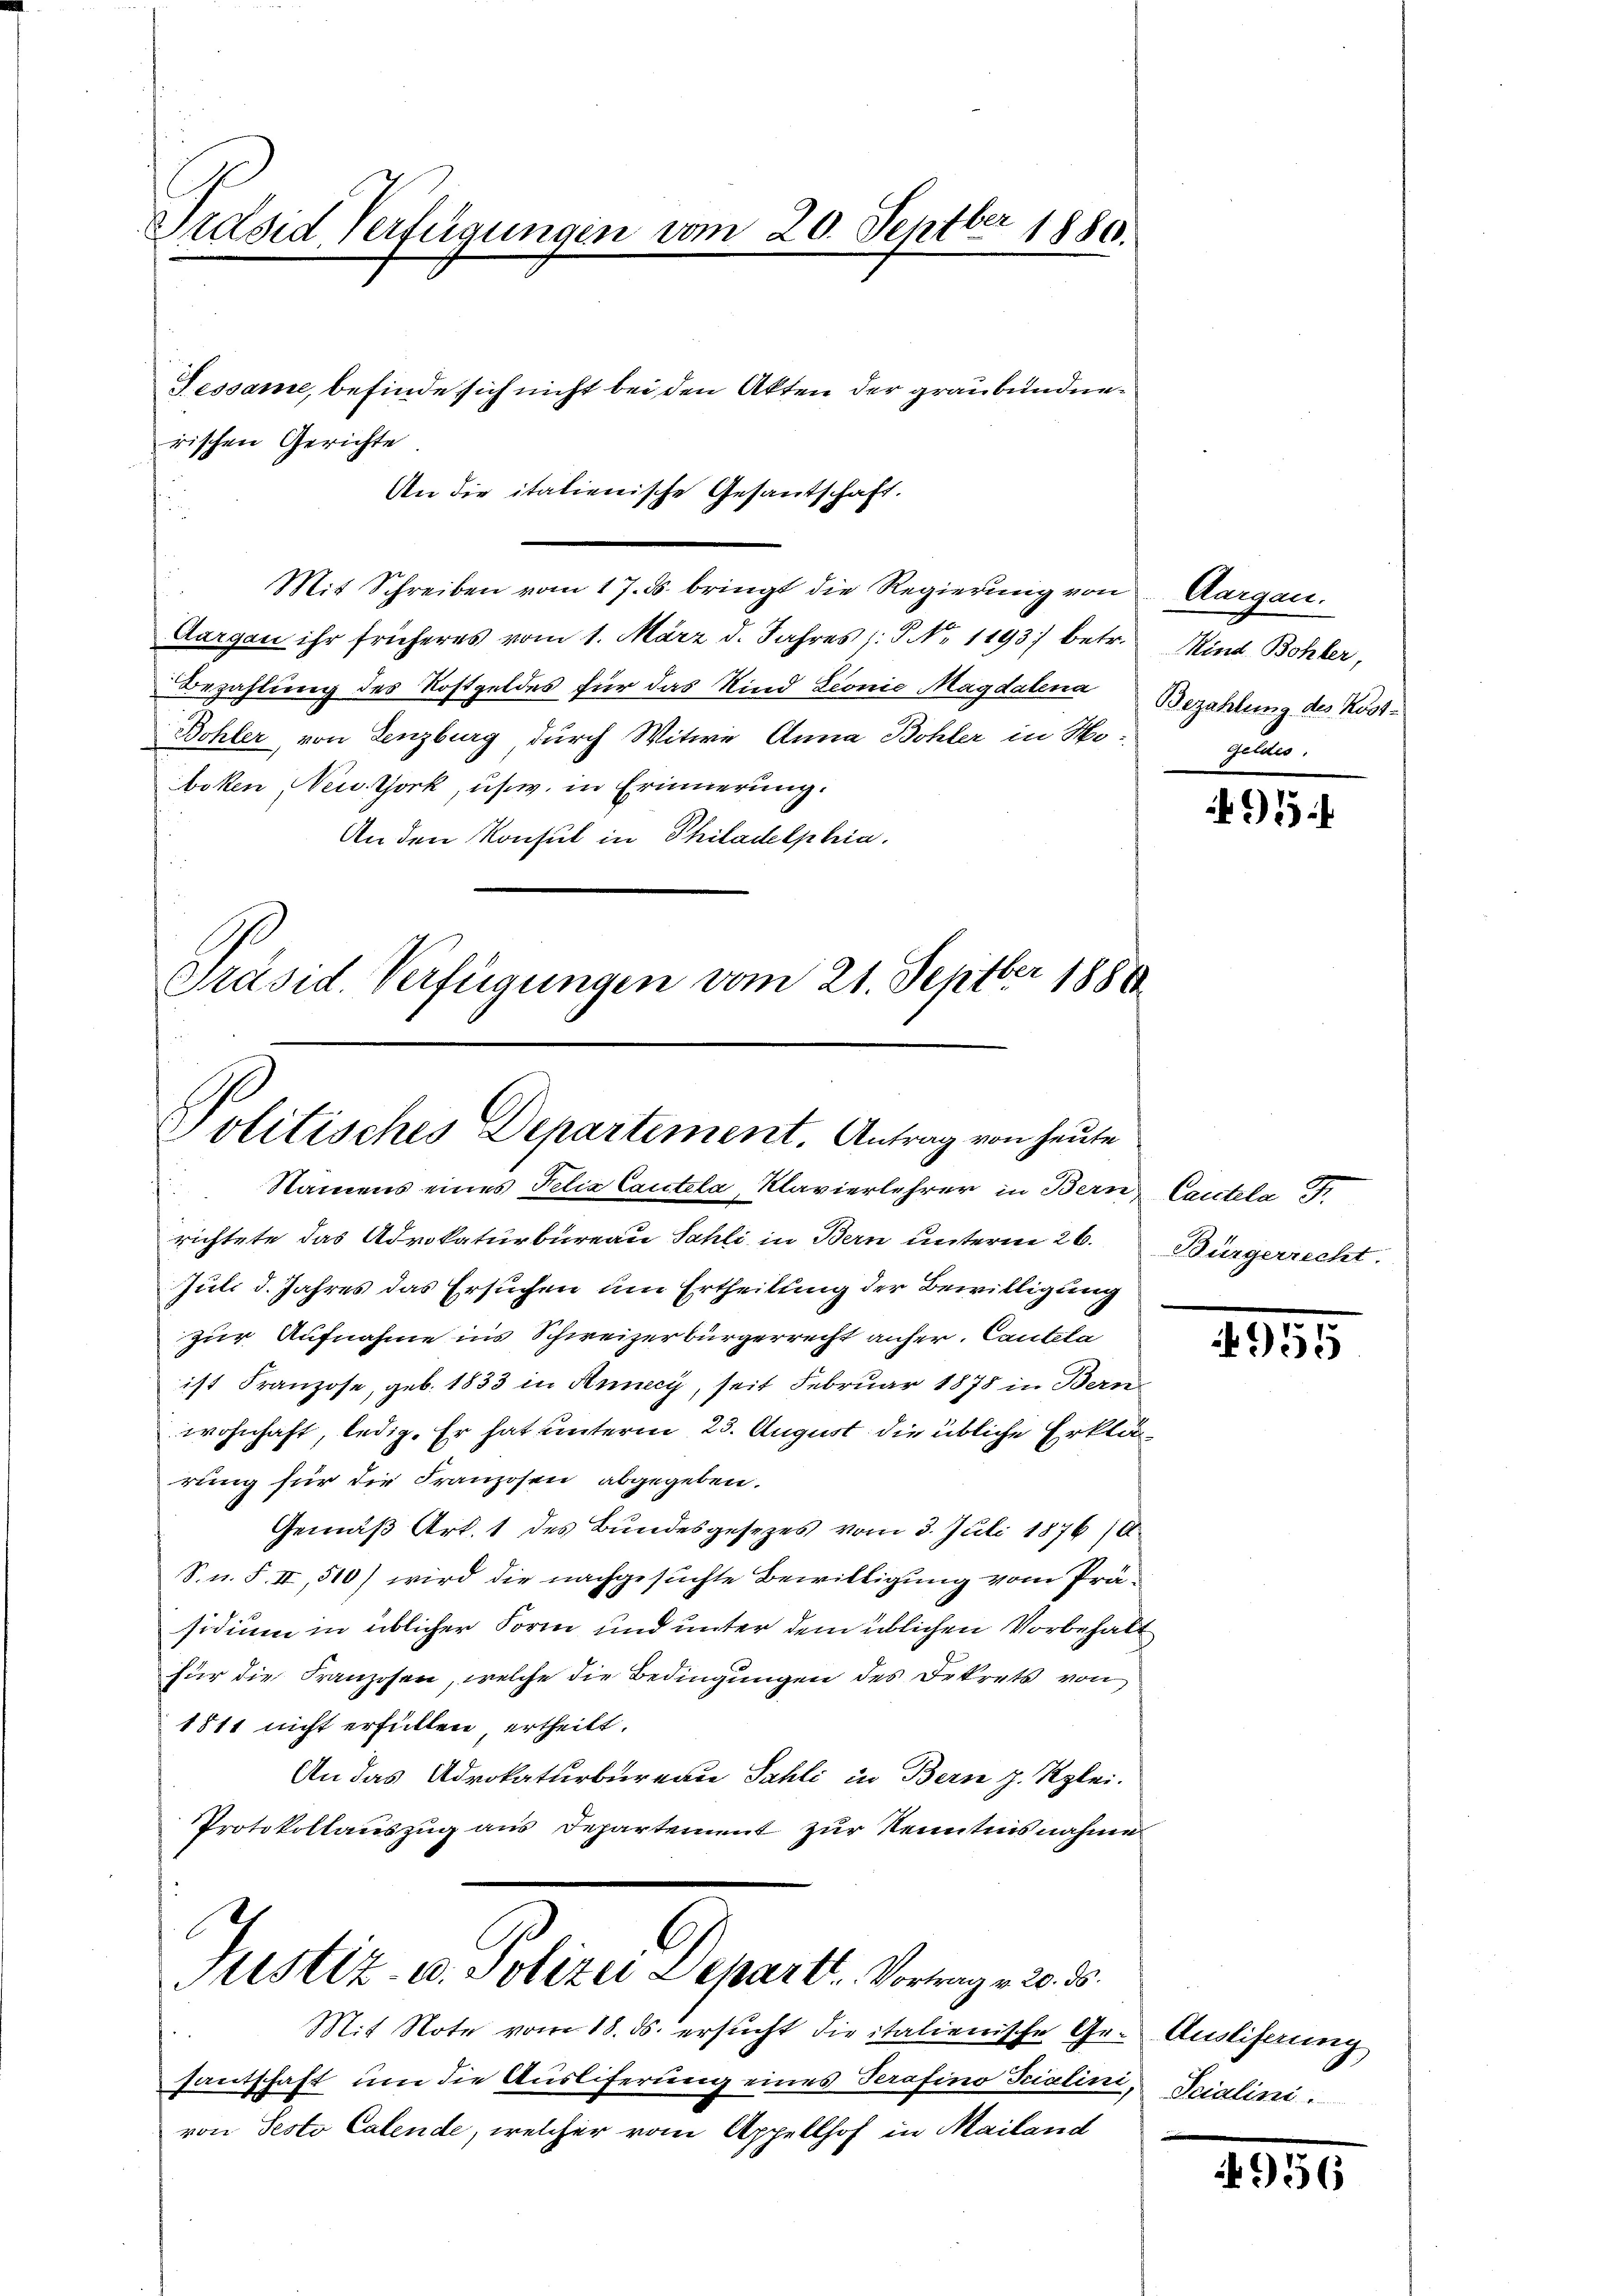
Präsid Verfügungen vom 20. Septber 1880.

Fessame, befinde sich nicht bei den Akten der graubündnerischen Gerichte
An die italienische Gesandschaft.
Mit Schreiben vom 17. ds. bringt die Regierung von
Aargau ihr früheres vom 1. März d. Jahres (§ N. 1193) betr.
Bezahlung des Rostgeldes für das Kind Lionie Magdalena
Bohler von Lenzburg durch Witwe Anna Bohler in Hoboken, New York, usw. in Erinnerung.
An den Konsul in Philadelphia.
Präsid. Verfügungen vom 21. Septber 1880

Politisches Departement. Antrag von heute
Namens eines Felix Cautela, Klavierlehrer in Bern, Cantela

richtete das Advokaturbureau Sahli in Bern unterm 26.
Juli d. Jahres das Ersuchen um Ertheilung der Bewilligung
zur Aufnahme ins Schweizerbürgerrecht anher. Cantela
ist Franzose, geb. 1833 in Annecy, seit Februar 1878 in Bern
wohnhaft, ledig. Er hat unterm 23. August die übliche Erklärung für die Franzosen abgegeben.
Gemäß Art. 1 des Bundesgesezes vom 3. Juli 1876/
S. u. S. II, 510) wird die nachgesuchte Bewilligung vom Präsidium in üblicher Form und unter dem üblichen Vorbehalt
für die Franzosen, welche die Bedingungen des Dekrets von
1811 nicht erfüllen ertheilt.
An das Advokaturbureau Sahli in Bern z. Klei-
Protokollauszug aus Departement zur Kenntnisnahme
6
C
Justiz- u. Polizei Depart. Vortrag v. 20. ds.
Mit Note vom 18. ds. ersucht die italienische Ge- Ausliferung
santschaft um die Ausliferung eines Terafino Trialini, Scialini
von Sesto Calende, welcher vom Appellhof in Mailand

Aargau.
Kind Bohler,
Bezahlung des Kost-
Geldes.

95

Bürgerrecht.

4955

956